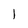
Character: 1